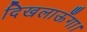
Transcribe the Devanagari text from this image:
दिखलाऊँगा।